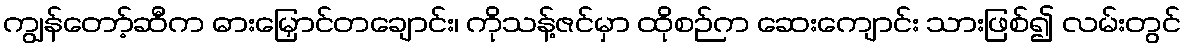
ကျွန်တော့်ဆီက ဓားမြှောင်တချောင်း၊ ကိုသန့်ဇင်မှာ ထိုစဉ်က ဆေးကျောင်း သားဖြစ်၍ လမ်းတွင်